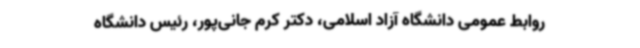
روابط عمومی دانشگاه آزاد اسلامی، دکتر کرم جانی‌پور، رئیس دانشگاه